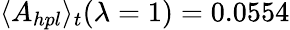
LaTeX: \langle A_{hpl}\rangle_{t}(\lambda=1)=0.0554